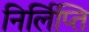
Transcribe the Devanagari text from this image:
निर्लिप्ति